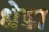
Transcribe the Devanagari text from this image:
धेडा